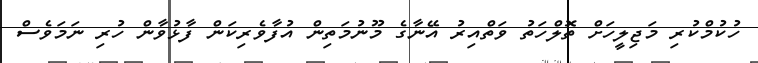
ހުކުމްކުރި މަޖިލީހަށް ތޮލްހަތު ވަތްއިރު އޭނާގެ މޫނުމަތިން އުފާވެރިކަން ފާޅުވާން ހުރި ނަމަވެސް